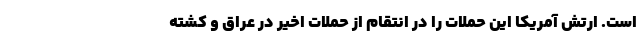
است. ارتش آمریکا این حملات را در انتقام از حملات اخیر در عراق و کشته